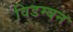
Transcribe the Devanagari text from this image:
विडम्बन